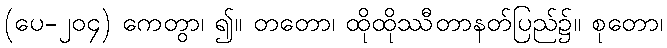
(ပေ-၂၀၄) ကေတွာ၊ ၍။ တတော၊ ထိုထိုဿီတာနတ်ပြည်၌။ စုတော၊